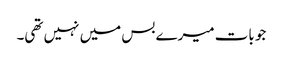
جو بات میرے بس میں نہیں تھی۔